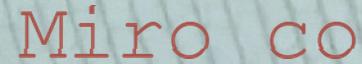
Miro co